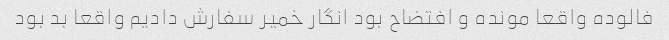
فالوده واقعا مونده و افتضاح بود انگار خمیر سفارش دادیم واقعا بد بود